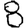
Digit: 8